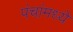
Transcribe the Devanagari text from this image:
पंचांमध्ये